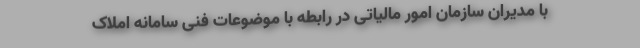
با مدیران سازمان امور مالیاتی در رابطه با موضوعات فنی سامانه املاک